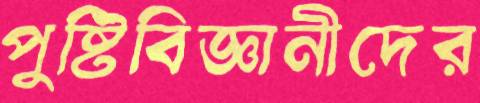
পুষ্টিবিজ্ঞানীদের